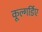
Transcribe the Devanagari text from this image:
कूल्गर्डिए